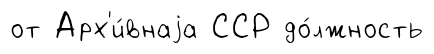
от Арх'и́внаjа ССР до́лжность